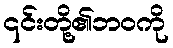
၎င်းတို့၏ဘဝကို